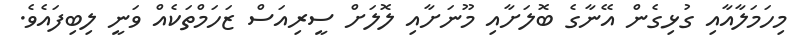
މިހަމަލާއާއި ގުޅިގެން އޭނާގެ ބޮލަށާއި މޫނަށާއި ލޮލަށް ސީރިއަސް ޒަހަމްތަކެއް ވަނީ ލިބިފައެވެ.